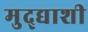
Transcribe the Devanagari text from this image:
मुद्द्याशी